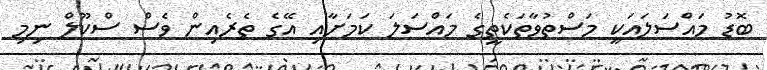
ބޮޑު މައްސަލައަކީ މަސްތުވާތަކެތީގެ މައްސަލަ ކަމަށާއި އޭގެ ތެރެއިން ވެސް ސްކޫލް ނިމި